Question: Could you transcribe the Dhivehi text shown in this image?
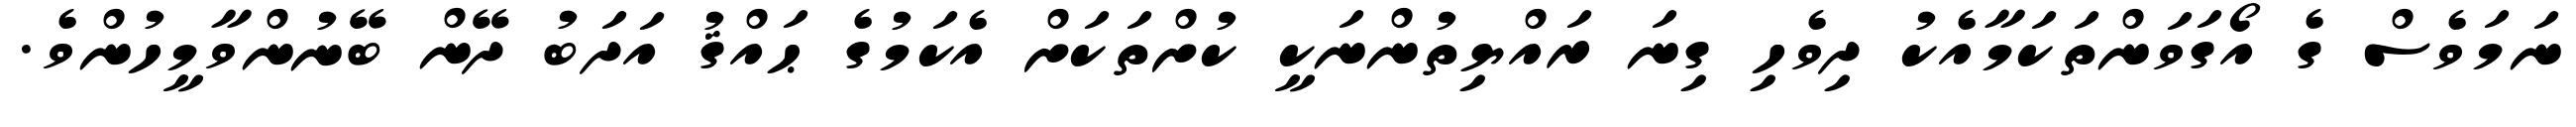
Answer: ނަމަވެސް ގެ އޯގަވަންތަކަމާއެކު ދިވެހި ގިނަ ރައްޔިތުންނަކީ ކުށްތަކަށް އެކަމުގެ ޙައްޤު އަދަބު ދޭން ބޭނުންވާމީހުންވެ.